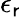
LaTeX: \epsilon_{\mathsf{r}}